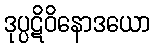
ဒုပ္ပဋိဝိနောဒယော